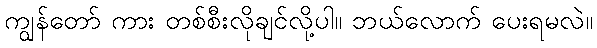
ကျွန်တော် ကား တစ်စီးလိုချင်လို့ပါ။ ဘယ်လောက် ပေးရမလဲ။